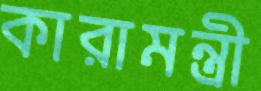
কারামন্ত্রী